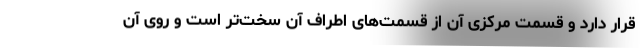
قرار دارد و قسمت مرکزی آن از قسمت‌های اطراف آن سخت‌تر است و روی آن